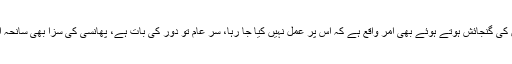
پھانسی اور سر عام پھانسی دونوں کی گنجائش ہوتے ہوئے بھی امر واقع ہے کہ اس پر عمل نہیں کیا جا رہا، سر عام تو دور کی بات ہے، پھانسی کی سزا بھی سانحہ اے پی ایس سے پہلے معطل تھی۔